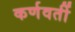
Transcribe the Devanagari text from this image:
कर्णवर्ती